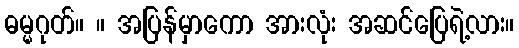
ဓမ္မဂုတ်။ ။ အပြန်မှာကော အားလုံး အဆင်ပြေရဲ့လား။